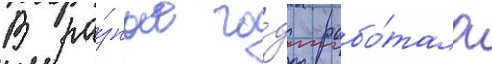
В ра́зные го́ды рабо́тала